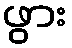
ဖွား